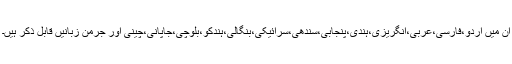
ان میں اردو،فارسی،عربی،انگریزی،ہندی،پنجابی،سندھی،سرائیکی،بنگالی،ہندکو،بلوچی،جاپانی،چینی اور جرمن زبانیں قابل ذکر ہیں۔